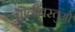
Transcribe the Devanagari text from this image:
वालीवस्तुओं